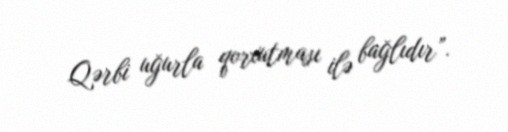
Qərbi uğurla qorxutması ilə bağlıdır”.